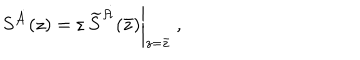
S ^ { \dot { \cal A } } ( z ) = \varepsilon \, \left. \widetilde S ^ { \dot { \cal A } } ( \bar { z } ) \right| _ { z = \bar { z } } ~ ,